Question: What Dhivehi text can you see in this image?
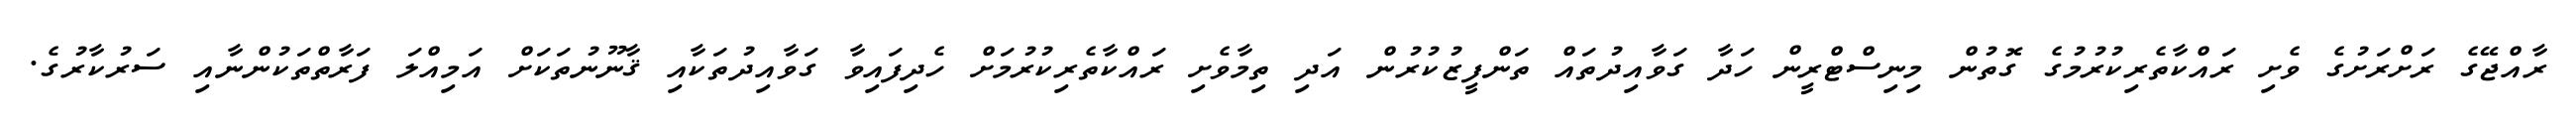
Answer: ރާއްޖޭގެ ރަށްރަށުގެ ވެށި ރައްކާތެރިކުރުމުގެ ގޮތުން މިނިސްޓްރީން ހަދާ ގަވާއިދުތައް ތަންފީޒުކުރުން އަދި ތިމާވެށި ރައްކާތެރިކުރުމަށް ހެދިފައިވާ ގަވާއިދުތަކާއި ޤާނޫނުތަކަށް އަމިއްލަ ފަރާތްތަކުންނާއި ސަރުކާރުގެ.